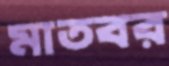
মাতবর